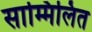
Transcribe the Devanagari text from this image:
साम्मिलित